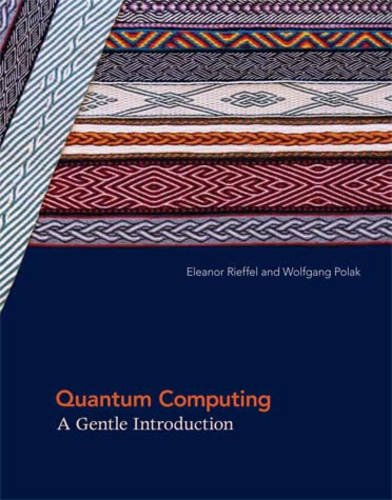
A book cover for Quantum Computing: A Gentle Introduction (Scientific and Engineering Computation); Eleanor G. Rieffel; Computers & Technology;